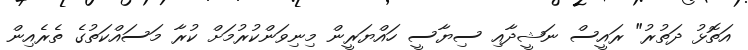
އަތޮޅު ދަތުރު" ރައީސް ނަޝީދާއި ސިޔާސީ ހައްޔަރީން މިނިވަންކުރުމަށް ކުރާ މަސައްކަތުގެ ތެރެއިން